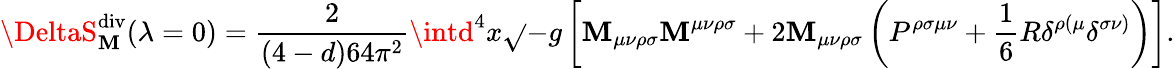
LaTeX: \DeltaS_{\mathbf{M}}^{\mathrm{{div}}}(\lambda=0)=\frac{{2}}{{(4-d)64\pi^{2}}}\intd^{4}x\sqrt{}{{-g}}\left[\mathbf{M}_{\mu\nu\rho\sigma}\mathbf{M}^{\mu\nu\rho\sigma}+2\mathbf{M}_{\mu\nu\rho\sigma}\left(P^{\rho\sigma\mu\nu}+\frac{{1}}{{6}}R\delta^{\rho(\mu}\delta^{\sigma\nu)}\right)\right].